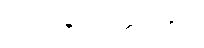
သက်ရှိသတ္တဝါများ